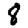
Digit: 8